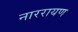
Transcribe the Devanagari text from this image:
नाररायण